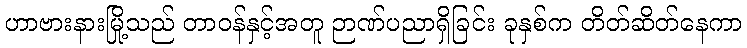
ဟာဗားနားမြို့သည် တာဝန်နှင့်အတူ ဉာဏ်ပညာရှိခြင်း ခုနှစ်က တိတ်ဆိတ်နေကာ